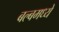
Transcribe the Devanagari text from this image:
बल्बमध्ये